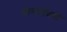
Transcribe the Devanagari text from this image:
मीनवेधियों